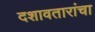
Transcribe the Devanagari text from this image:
दशावतारांचा